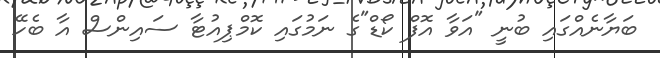
ބަޔާނެއްގައި ބުނީ "އަވާ އޮފް ކޯޑް"ގެ ނަމުގައި ކޮމްޕިއުޓާ ސައިންސް އާ ބެހޭ